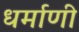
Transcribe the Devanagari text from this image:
धर्माणी